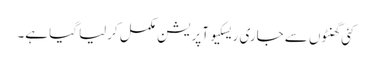
کئی گھنٹوں سے جاری ریسکیو آپریشن مکمل کرلیا گیا ہے۔